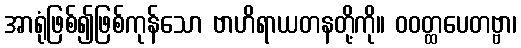
အာရုံဖြစ်၍ဖြစ်ကုန်သော ဗာဟိရာယတနတို့ကို။ ဝဝတ္ထပေတဗ္ဗာ၊